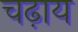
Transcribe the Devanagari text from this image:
चढ़ाय